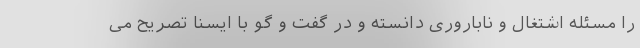
را مسئله اشتغال و ناباروری دانسته و در گفت و گو با ایسنا تصریح می